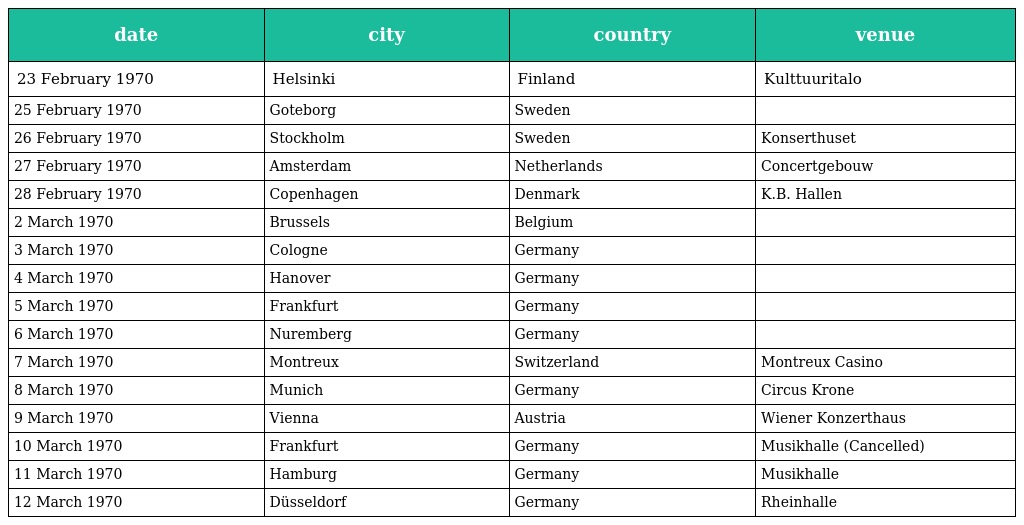
| date | city | country | venue |
 | --- | --- | --- | --- |
 | 23 February 1970 | Helsinki | Finland | Kulttuuritalo |
 | 25 February 1970 | Goteborg | Sweden |  |
 | 26 February 1970 | Stockholm | Sweden | Konserthuset |
 | 27 February 1970 | Amsterdam | Netherlands | Concertgebouw |
 | 28 February 1970 | Copenhagen | Denmark | K.B. Hallen |
 | 2 March 1970 | Brussels | Belgium |  |
 | 3 March 1970 | Cologne | Germany |  |
 | 4 March 1970 | Hanover | Germany |  |
 | 5 March 1970 | Frankfurt | Germany |  |
 | 6 March 1970 | Nuremberg | Germany |  |
 | 7 March 1970 | Montreux | Switzerland | Montreux Casino |
 | 8 March 1970 | Munich | Germany | Circus Krone |
 | 9 March 1970 | Vienna | Austria | Wiener Konzerthaus |
 | 10 March 1970 | Frankfurt | Germany | Musikhalle (Cancelled) |
 | 11 March 1970 | Hamburg | Germany | Musikhalle |
 | 12 March 1970 | Düsseldorf | Germany | Rheinhalle |